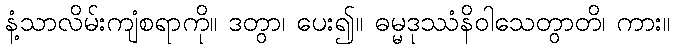
နံ့သာလိမ်းကျံစရာကို။ ဒတွာ၊ ပေး၍။ ဓမ္မဒုဿံနိဝါသေတွာတိ၊ ကား။